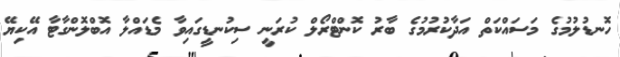
ހޮނޑުލުމުގެ މަސައްކަތް އަދާކުރުމުގެ ބާރު ކޮންޓްރޯލް ކުރަނީ ސިކުނޑީގައިވާ މެޑައްލާ އޮބްލޮންގާޓާ އޭކިޔޭ